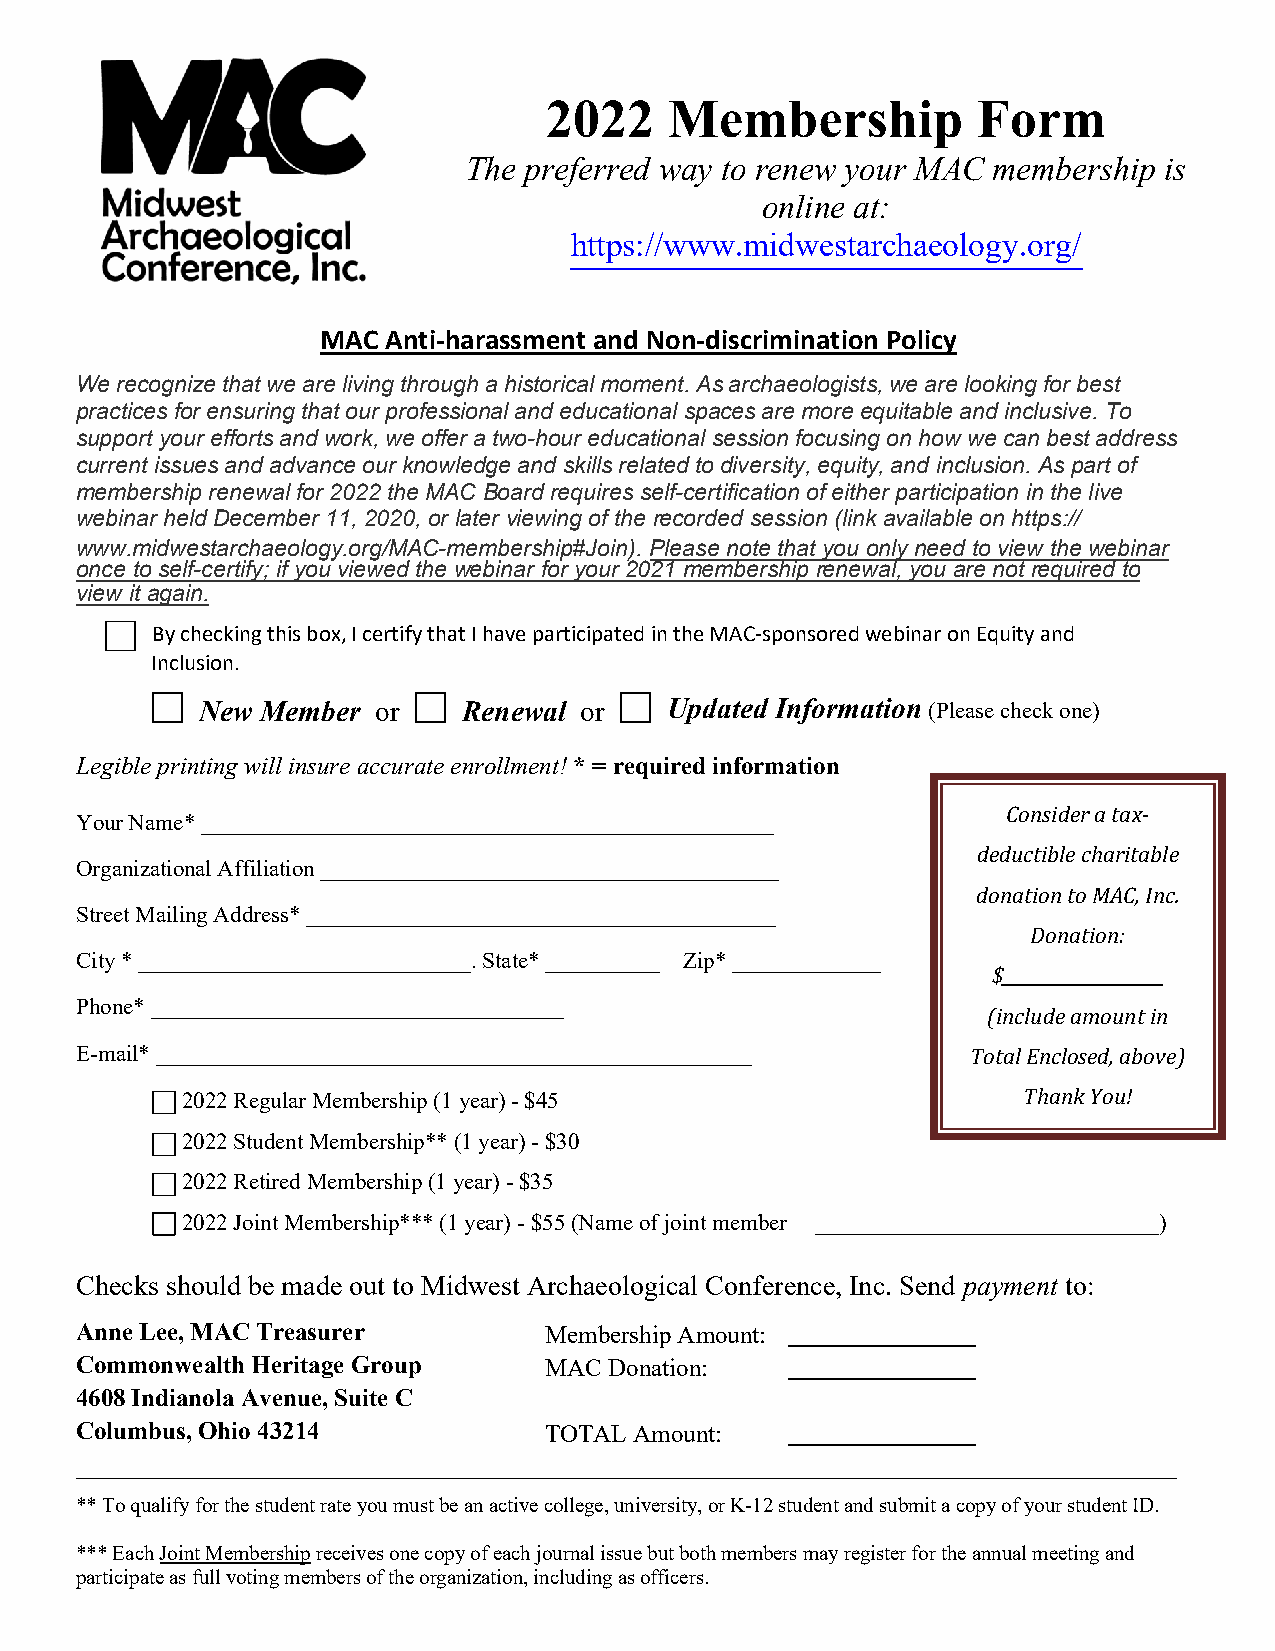
2022    Membership           Form
 The preferred way to renew your MAC membership is
 online at:
 https://www.midwestarchaeology.org/
 MAC Anti-harassment and Non-discrimination Policy
 We recognize that we are living through a historical moment. As archaeologists, we are looking for best
 practices for ensuring that our professional and educational spaces are more equitable and inclusive. To
 support your efforts and work, we offer a two-hour educational session focusing on how we can best address
 current issues and advance our knowledge and skills related to diversity, equity, and inclusion. As part of
 membership renewal for 2022 the MAC Board requires self-certification of either participation in the live
 webinar held December 11, 2020, or later viewing of the recorded session (link available on https://
 www.midwestarchaeology.org/MAC-membership#Join). Please note that you only need to view the webinar
 once to self-certify; if you viewed the webinar for your 2021 membership renewal, you are not required to
 view it again.
 By checking this box, I certify that I have participated in the MAC-sponsored webinar on Equity and
 Inclusion.
 New Member  or    Renewal or   Updated Information (Please check one)
 Legible printing will insure accurate enrollment! * = required information
 Consider a tax-
 Your Name* __________________________________________________
 deductible charitable
 Organizational Affiliation ________________________________________
 donation to MAC, Inc.
 Street Mailing Address* _________________________________________
 Donation:
 City * _____________________________. State* __________ Zip* _____________
 $___________________
 Phone* ____________________________________
 (include amount in
 E-mail* ____________________________________________________ Total Enclosed, above)
 2022 Regular Membership (1 year) - $45                  Thank You!
 2022 Student Membership** (1 year) - $30
 2022 Retired Membership (1 year) - $35
 2022 Joint Membership*** (1 year) - $55 (Name of joint member ______________________________)
 Checks should be made out to Midwest Archaeological Conference, Inc. Send payment to:
 Anne Lee, MAC Treasurer        Membership Amount:
 Commonwealth Heritage Group    MAC Donation:
 4608 Indianola Avenue, Suite C
 Columbus, Ohio 43214           TOTAL Amount:
 ________________________________________________________________________________________
 ** To qualify for the student rate you must be an active college, university, or K-12 student and submit a copy of your student ID.
 *** Each Joint Membership receives one copy of each journal issue but both members may register for the annual meeting and
 participate as full voting members of the organization, including as officers.